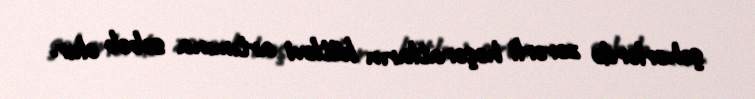
şəhərlərdə zərərli həşəratların kütləvi artımına səbəb olur.